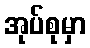
အုပ်စုမှာ